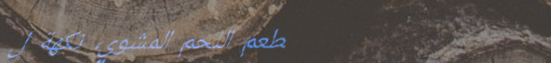
مطعم اللحم المشوي، نكهة ل